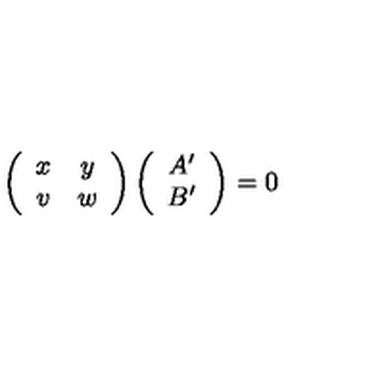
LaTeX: \left( \begin{array} { c c } { x } & { y } \\ { v } & { w } \\ \end{array} \right) \left( \begin{array} { c } { A ^ { \prime } } \\ { B ^ { \prime } } \\ \end{array} \right) = 0